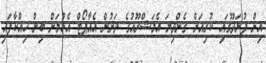
އިން ފުނަދޫގައި ކުރިއަށް ގެންދިޔަ އެމަޝްރޫއުގެ ދަށުން އެއާޕޯޓް އެޅުމަށް ބިން ހިއްކާފައި